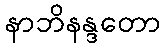
နာဘိနန္ဒတော